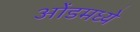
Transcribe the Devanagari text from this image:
ओंडमध्ये